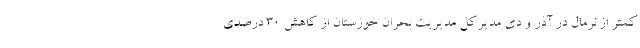
کمتر از نرمال در آذر و دی مدیرکل مدیریت بحران خوزستان از کاهش ۳۰ درصدی